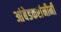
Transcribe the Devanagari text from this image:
आंबेडकरांनीनी